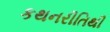
કથનરીતિથી